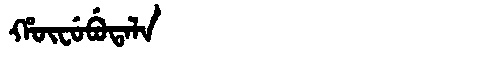
Manchu: ᡥᡡᠸᡠᠪᡠᡨᠠᠯᠠ
Romanization: HŪFUBUTALA